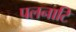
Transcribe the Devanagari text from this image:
पलनाटि